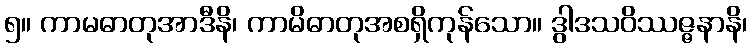
၅။ ကာမဓာတုအာဒီနိ၊ ကာမိဓာတုအစရှိကုန်သော။ ဒွါဒသဝိဿဇ္ဇနာနိ၊